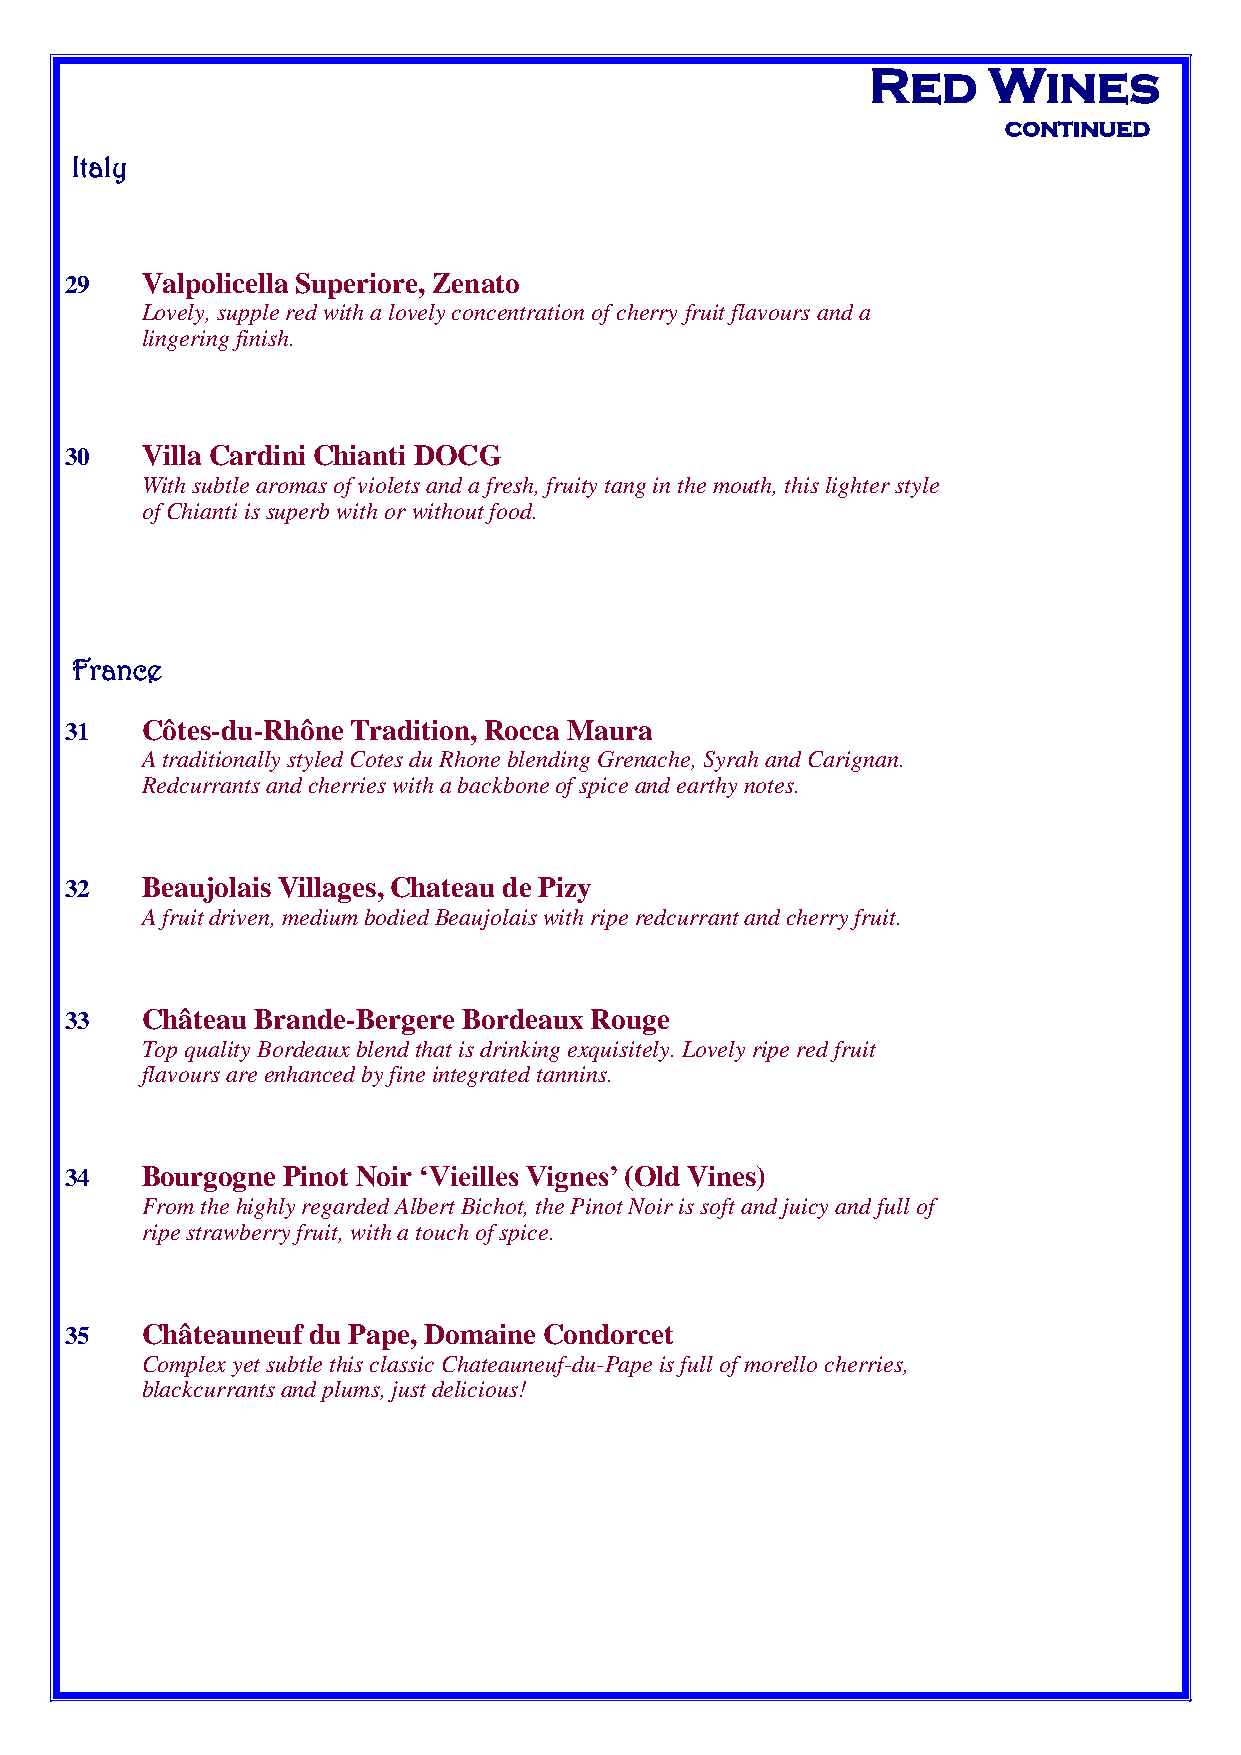
Red    Wines
 continued
 Italy
 29   Valpolicella Superiore, Zenato
 Lovely, supple red with a lovely concentration of cherry fruit flavours and a
 lingering finish.
 30   Villa Cardini Chianti DOCG
 With subtle aromas of violets and a fresh, fruity tang in the mouth, this lighter style
 of Chianti is superb with or without food.
 France
 31   Côtes-du-Rhône Tradition, Rocca Maura
 A traditionally styled Cotes du Rhone blending Grenache, Syrah and Carignan.
 Redcurrants and cherries with a backbone of spice and earthy notes.
 32   Beaujolais Villages, Chateau de Pizy
 A fruit driven, medium bodied Beaujolais with ripe redcurrant and cherry fruit.
 33   Château Brande-Bergere Bordeaux Rouge
 Top quality Bordeaux blend that is drinking exquisitely. Lovely ripe red fruit
 flavours are enhanced by fine integrated tannins.
 34   Bourgogne Pinot Noir ‘Vieilles Vignes’ (Old Vines)
 From the highly regarded Albert Bichot, the Pinot Noir is soft and juicy and full of
 ripe strawberry fruit, with a touch of spice.
 35   Châteauneuf du Pape, Domaine Condorcet
 Complex yet subtle this classic Chateauneuf-du-Pape is full of morello cherries,
 blackcurrants and plums, just delicious!